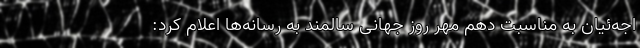
اجه‌ئیان به مناسبت دهم مهر روز جهانی سالمند به رسانه‌ها اعلام کرد: